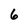
Character: 6